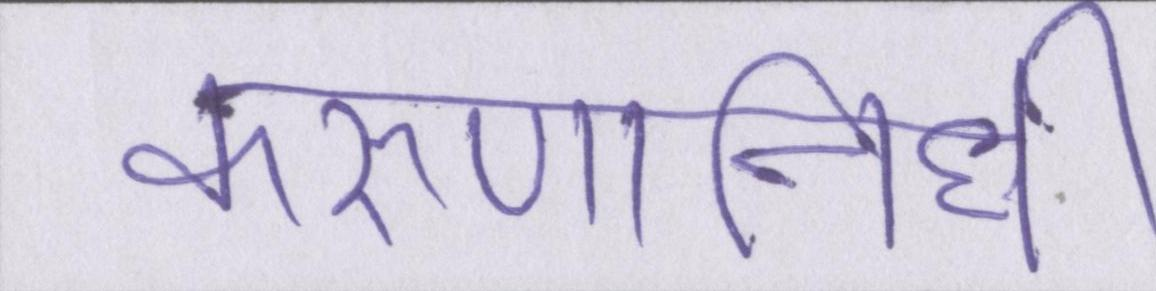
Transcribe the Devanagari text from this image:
करुणानिधि